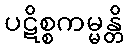
ပဋိစ္စကမ္မန္တိ